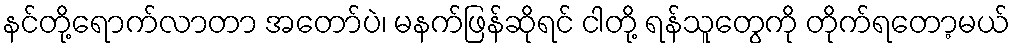
နင်တို့ရောက်လာတာ အတော်ပဲ၊ မနက်ဖြန်ဆိုရင် ငါတို့ ရန်သူတွေကို တိုက်ရတော့မယ်